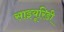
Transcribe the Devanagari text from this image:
साइयूरिडी